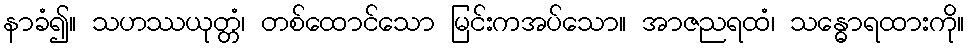
နာခံ၍။ သဟဿယုတ္တံ၊ တစ်ထောင်သော မြင်းကအပ်သော။ အာဇညရထံ၊ သန္ဓောရထားကို။